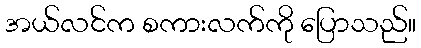
အယ်လင်က စကားလက်ကို ပြောသည်။